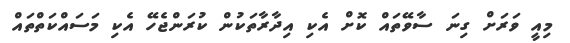
މިއީ ވަރަށް ގިނަ ސާވޭތައް ކޮށް އެކި އިދާރާތަކުން ކުރަންޖެހޭ އެކި މަސައްކަތްތައް